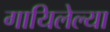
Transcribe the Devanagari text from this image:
गायिलेल्या